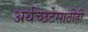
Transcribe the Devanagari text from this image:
अर्थच्छटेसाठीही